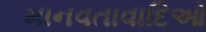
માનવતાવાદિઓ